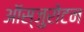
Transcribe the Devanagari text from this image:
ऑस्जुरोटन